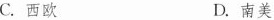
C.西欧 D.南美